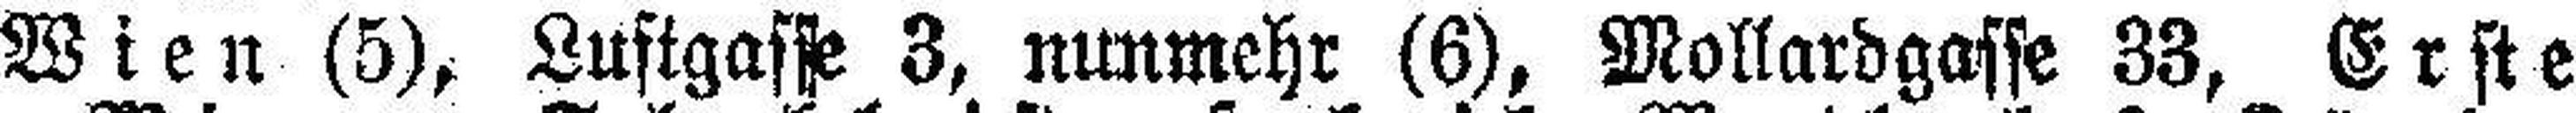
Wien (5), Lustgasse 3, nunmehr (6), Mollardgasse 33, Erste